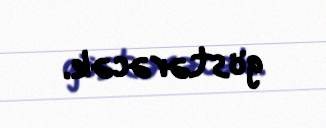
göstərəcək.